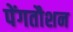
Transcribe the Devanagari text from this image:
पेंगतौशन